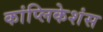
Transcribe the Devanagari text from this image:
कांप्लिकेशंस